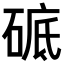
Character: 𥓵